Annual returns of the Patna Lunatic Asylum at Bankipore in Bihar and Orissa - 1912-1924
Year: 1912
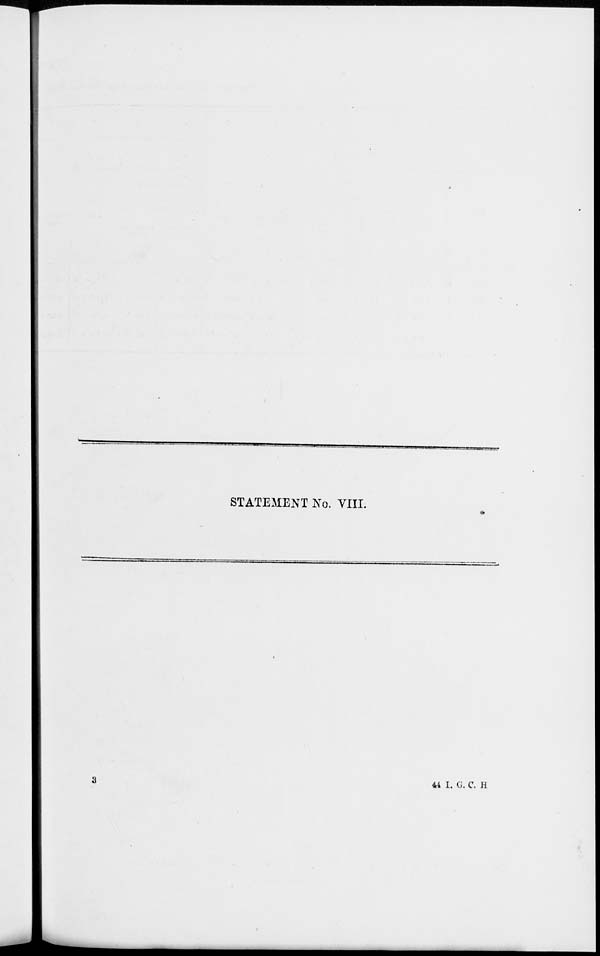
STATEMENT No. VIII.
44 I. G. C. H
3